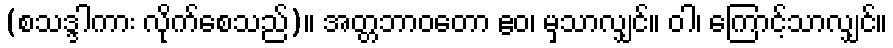
(စသဒ္ဒါကား လိုက်စေသည်)။ အတ္တဘာဝတော ဧဝ၊ မှသာလျှင်။ ဝါ၊ ကြောင့်သာလျှင်။